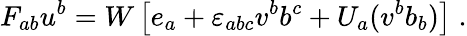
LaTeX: F_{ab}u^{b}=W\left[e_{a}+{\varepsilon}_{abc}v^{b}b^{c}+U_{a}(v^{b}b_{b})\right]\; .